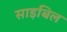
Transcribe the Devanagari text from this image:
साइबिल